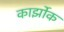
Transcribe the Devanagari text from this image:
कार्झोक